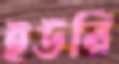
ইউরি